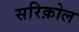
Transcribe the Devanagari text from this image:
सरिक़ोल